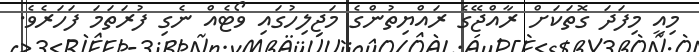
މިއީ މިފަދަ ގޮތަކަށް ރާއްޖޭގެ ރައްޔިތުންގެ މަޖިލިހުގައި ވޯޓެއް ނެގި ފުރަތަމަ ފަހަރެވެ.